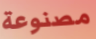
مصنوعة